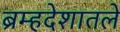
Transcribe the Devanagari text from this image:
ब्रम्हदेशातले